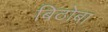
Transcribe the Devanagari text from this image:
बिठोबा